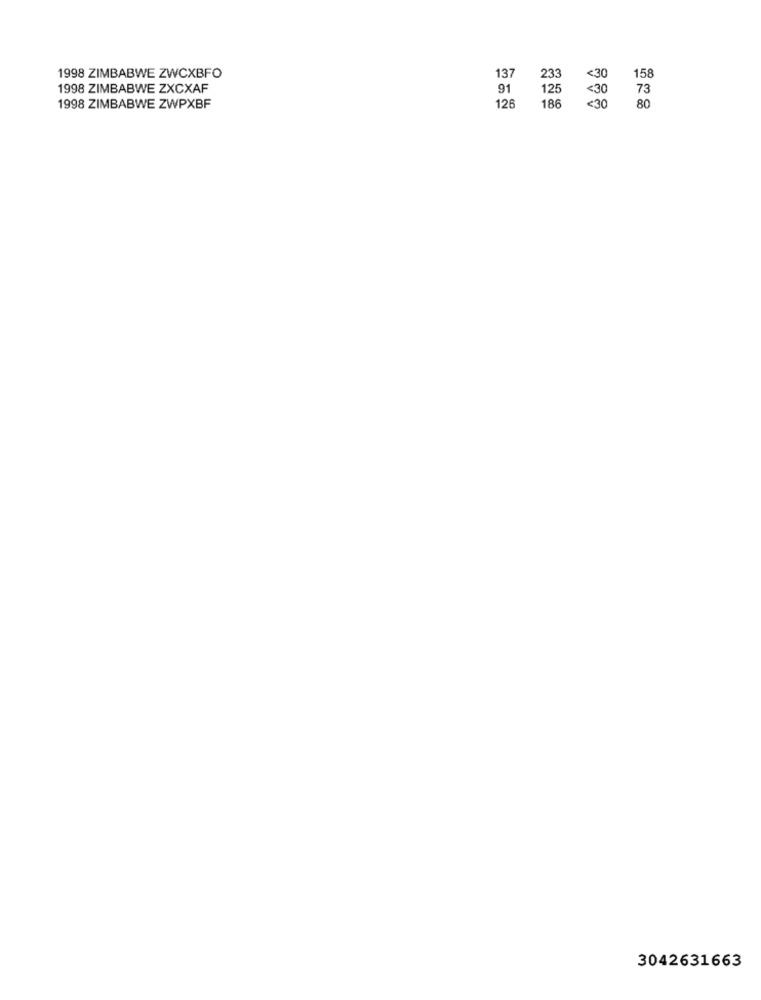
1998 ZIMBABWE ZWCXBFO
137
233
<30
158
1998 ZIMBABWE ZXCXAF
125
<30
73
91
1998 ZIMBABWE ZWPXBF
126
186
<30
80
3042631663